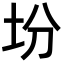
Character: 坋